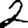
Digit: 2